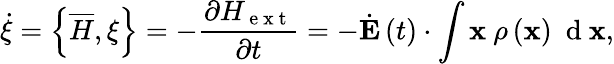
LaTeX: \dot{\xi}=\left\{ \overline{{H}},\xi\right\} =-\frac{\partial H_{\mathrm{~e~x~t~}}}{\partial t}=-\dot{\mathbf E}\left(t\right)\cdot\int{{\mathbf x}\ \rho\left({\mathbf x}\right)\ \mathrm{~d~}{\mathbf x}},